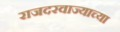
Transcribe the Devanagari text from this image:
राजदरवाज्याच्या